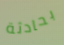
بحادثة